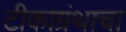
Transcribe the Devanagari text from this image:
टीकाग्रंथाचा